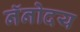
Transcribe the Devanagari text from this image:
नॅनोदय